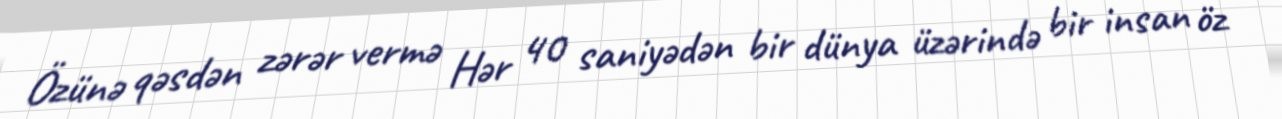
Özünə qəsdən zərər vermə Hər 40 saniyədən bir dünya üzərində bir insan öz